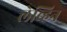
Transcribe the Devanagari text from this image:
लेव्हिन